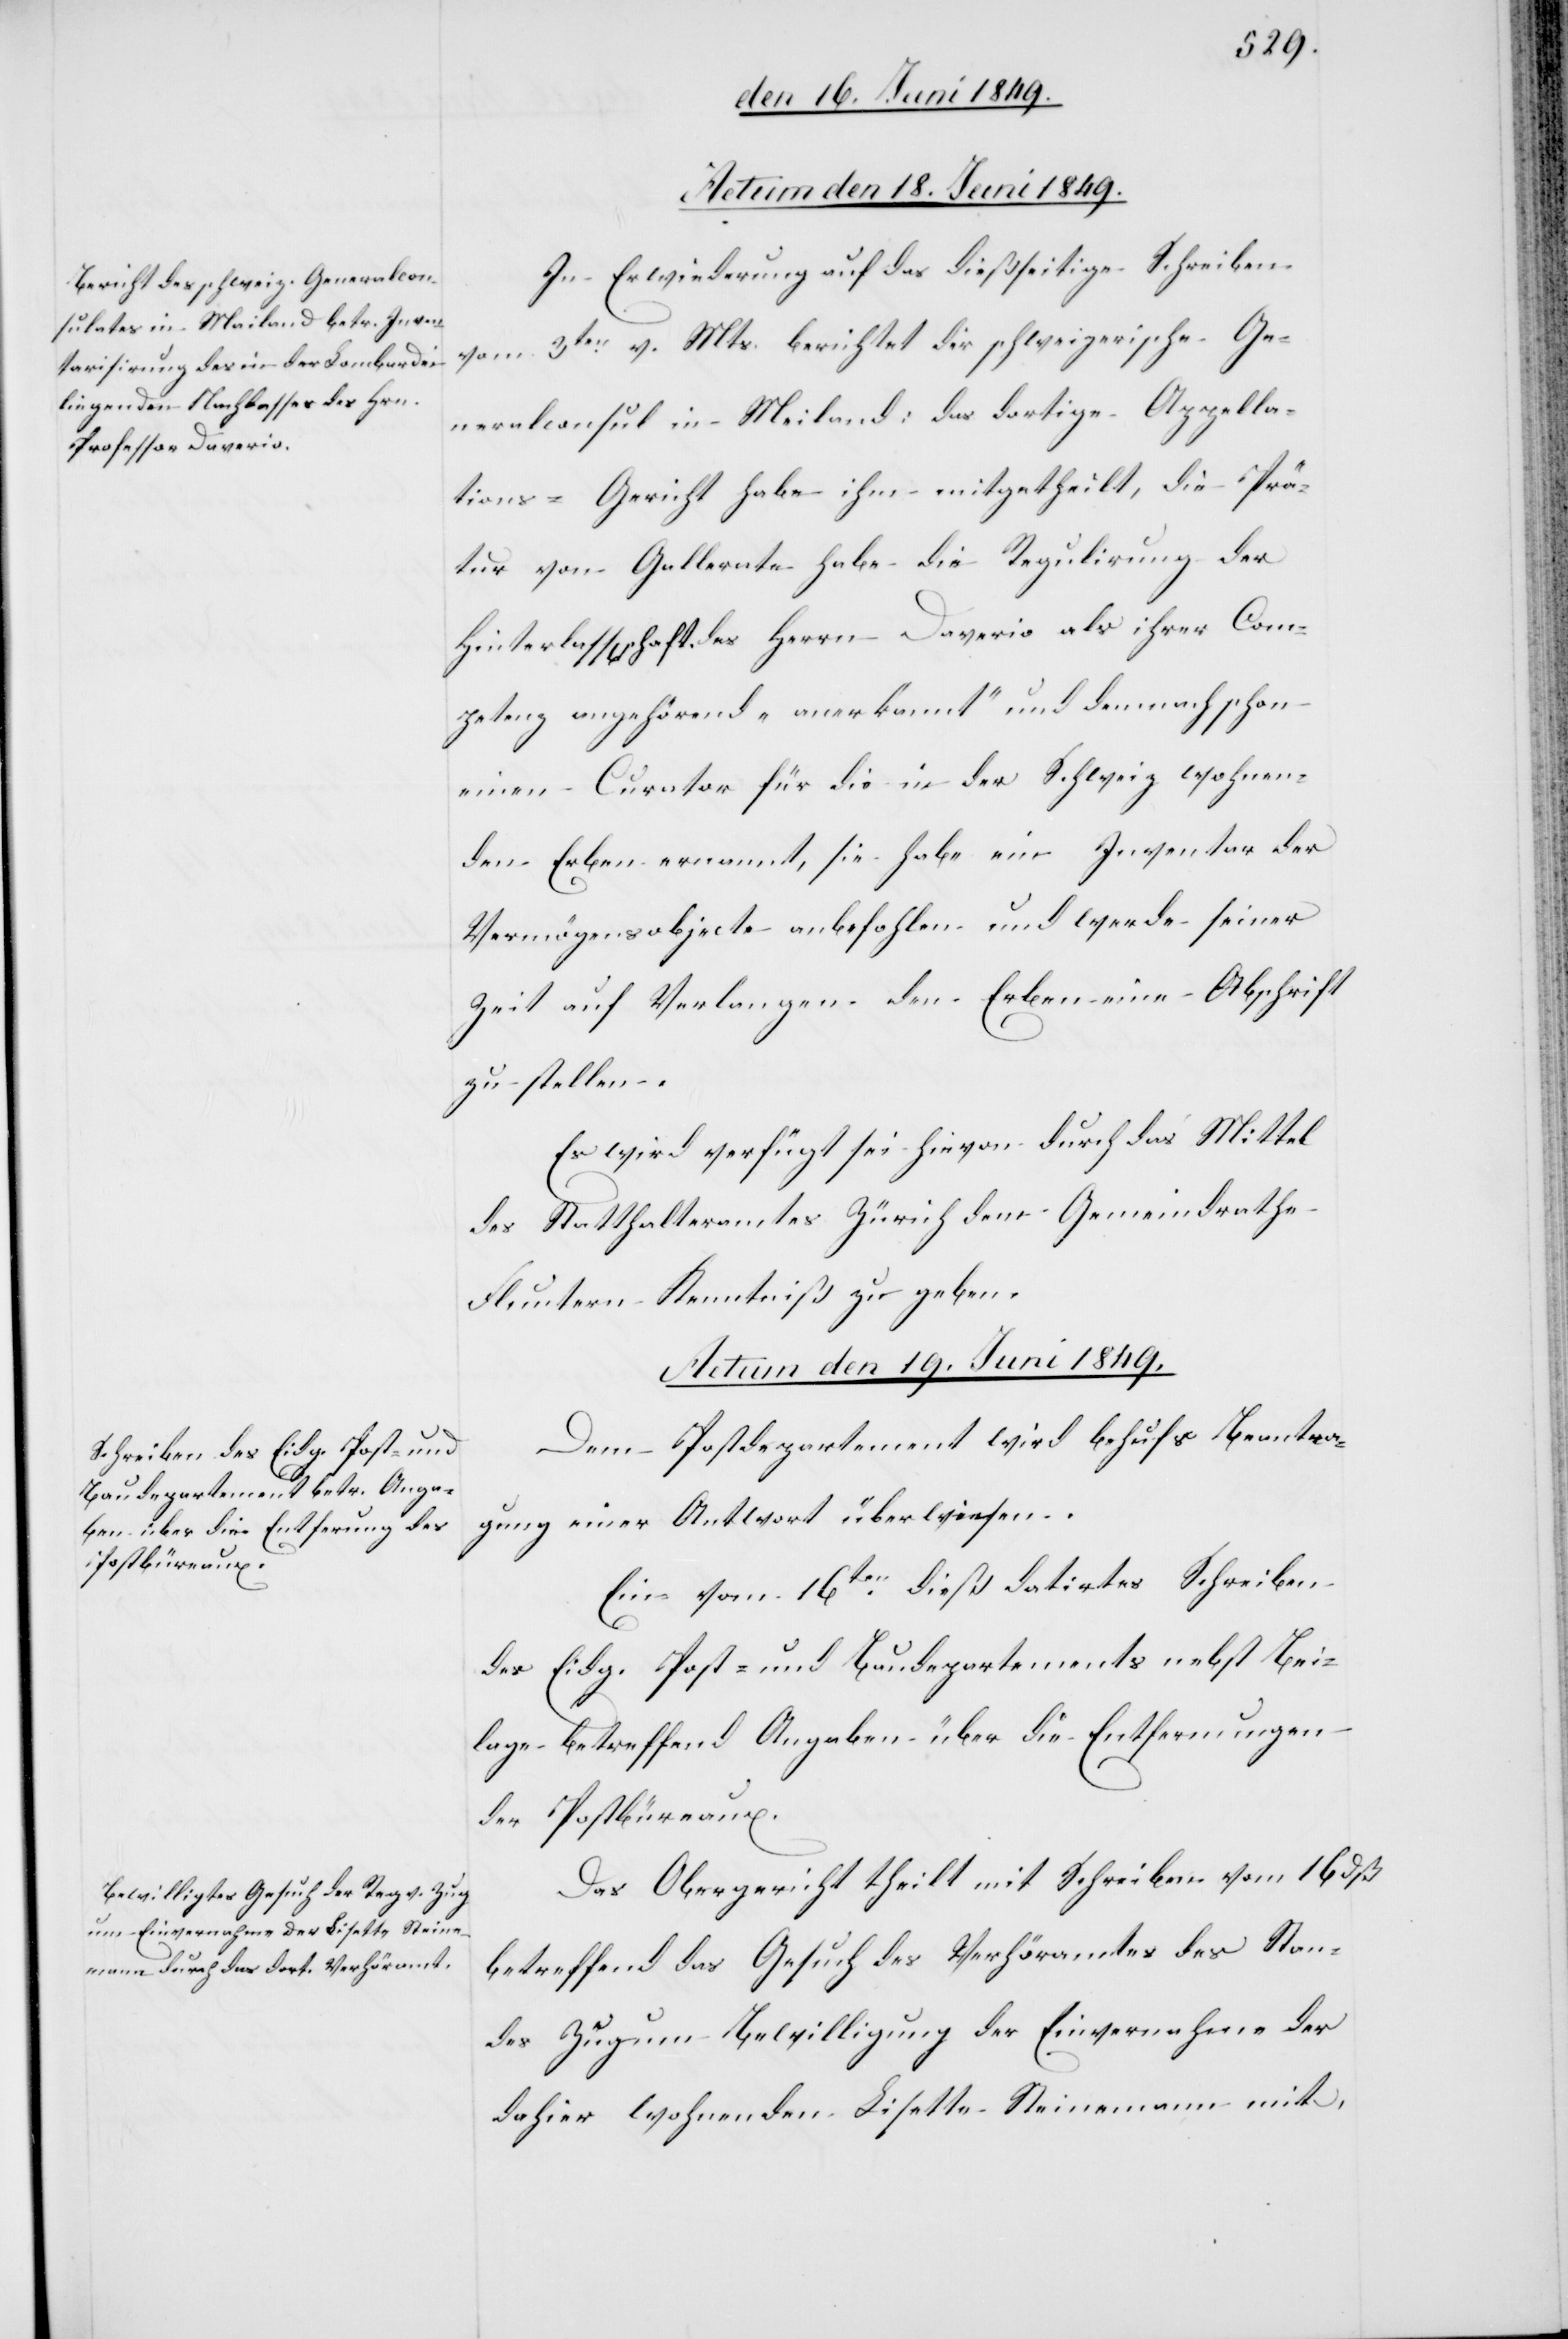
In Erwiederung auf das dießseitige Schreiben
vom 3ten v. Mts. berichtet der schweizerische Ge¬
neralconsul in Meiland [sic!]: das dortige Appella¬
tions-Gericht habe ihm mitgetheilt, die Prä¬
tur von Gallerate habe die Regulirung der
Hinterlass[en]schaft des Herrn Daverio als ihrer Com¬
petenz angehörend „anerkannt“ und demnach schon
einen Curator für die in der Schweiz wohnen¬
den Erben ernannt, sie habe ein Inventar der
Vermögensobjecte anbefohlen und werde seiner
Zeit auf Verlangen den Erben eine Abschrift
zu stellen.
Es wird verfügt sei hievon durch das Mittel
des Statthalteramtes Zürich dem Gemeindrathe
Fluntern Kenntniß zu geben.
Actum den 19. Juni 1849.]
Dem Postdepartement wird behufs Beantra¬
gung einer Antwort überwiesen.
Ein vom 16ten dieß datirtes Schreiben
des Eidg. Post- und Baudepartements nebst Bei¬
lage betreffend Angaben über die Entfernungen
der Postbüreaux.
Das Obergericht theilt mit Schreiben vom 16 dß
betreffend das Gesuch des Verhöramtes des Stan¬
des Zug um Bewilligung der Einvernahme der
dahier wohnenden Lisette Steinemann mit,